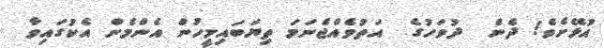
އުޅޭށެވެ! ދެން  ދުވަހުގެ  އަތުވެއްޖެނަމަ ތިޔަބައިމީހުން އެންމެން އެކުގައިވާ